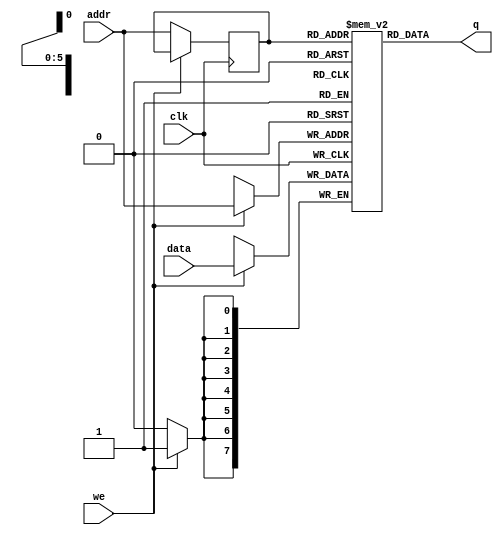
`timescale 1ns / 1ps
//////////////////////////////////////////////////////////////////////////////////
// Company: 
// 
// Design Name: 
// Module Name:    Single_Port_RAM_64x8bit 
//
//////////////////////////////////////////////////////////////////////////////////
module Single_Port_RAM_64x8bit(
    input [7:0] data,
    input [5:0] addr,
    input we,
    input clk,
    output [7:0] q
    );


	reg [7:0] ram [63:0];
	reg [5:0] addr_reg;
	
	always @(posedge clk) begin
	if(we)
		ram[addr] <= data;
	else
		addr_reg <= addr;
	end
	
	assign q = ram[addr_reg];
endmodule